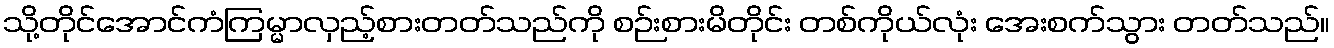
သို့တိုင်အောင်ကံကြမ္မာလှည့်စားတတ်သည်ကို စဉ်းစားမိတိုင်း တစ်ကိုယ်လုံး အေးစက်သွား တတ်သည်။